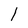
Character: l